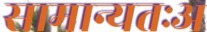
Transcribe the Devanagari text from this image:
सामान्यतःअ